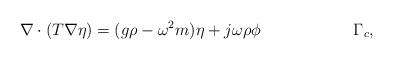
LaTeX: \begin{align*} \nabla\cdot(T\nabla\eta) &= (g\rho-\omega^2m)\eta + j\omega\rho\phi &\Gamma_c,\end{align*}